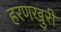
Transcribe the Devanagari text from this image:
हरणखुरी